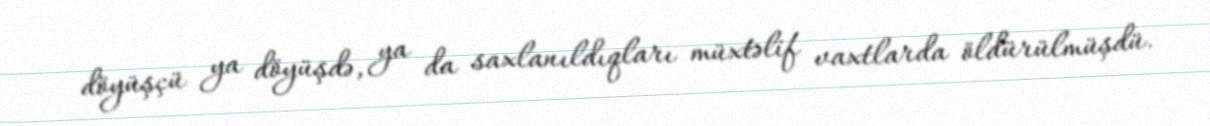
döyüşçü ya döyüşdə, ya da saxlanıldıqları müxtəlif vaxtlarda öldürülmüşdü.